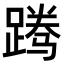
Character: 𬧃